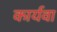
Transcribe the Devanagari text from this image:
कार्यवा